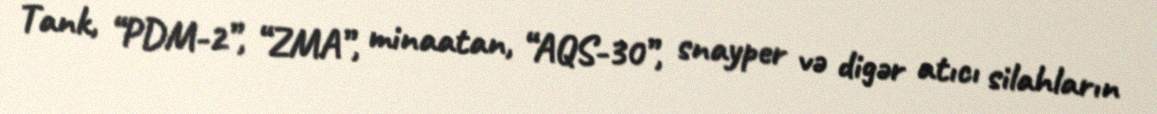
Tank, “PDM-2”, “ZMA”, minaatan, “AQS-30”, snayper və digər atıcı silahların